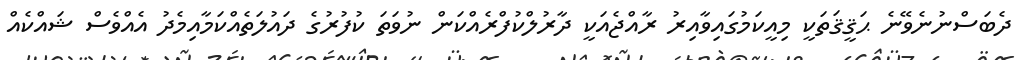
ދެބަސްނުނެވޭނެ ޙަޤީޤަތަކީ މިއީކަމުގައިވާއިރު ރާއްޖެއަކީ ދާރުލްކުފްރެއްކަން ނުވަތަ ކުފުރުގެ ދައުލަތެއްކަމާއިމެދު އެއްވެސް ޝައްކެއް